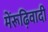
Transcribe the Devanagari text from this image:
मेंरूढ़िवादी